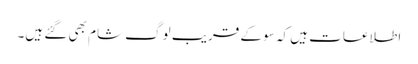
اطلاعات ہیں کہ سو کے قریب لوگ شام بھی گئے ہیں۔